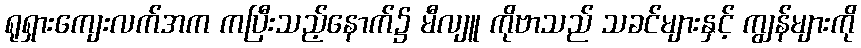
ရုရှားကျေးလက်အက ကပြီးသည့်နောက်၌ မီလျူ ကိုဗာသည် သခင်များနှင့် ကျွန်များကို